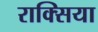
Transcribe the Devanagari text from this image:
राक्सिया